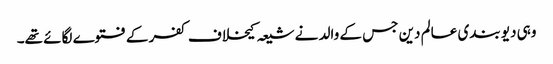
وہی دیو بندی عالم دین جس کے والد نے شیعہ کیخلاف کفر کے فتوے لگائے تھے۔